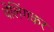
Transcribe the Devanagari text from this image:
वेलिंगकर